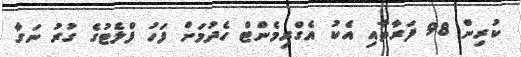
ކުރިން 98 ފަރާތާއި އެކު އެގްރިމެންޓް ހެދުމަށް ފަހު ފްލެޓުގެ ގުރު ނަގާ